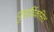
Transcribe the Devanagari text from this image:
पुनार्विकसित